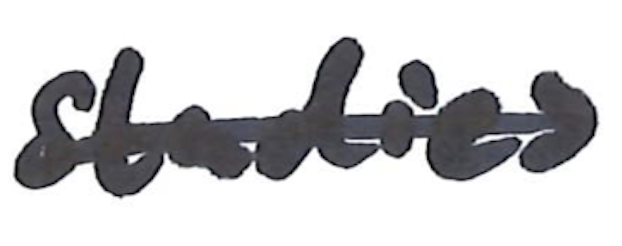
Text: studies
Cross-out: single-line
Writing tool: marker